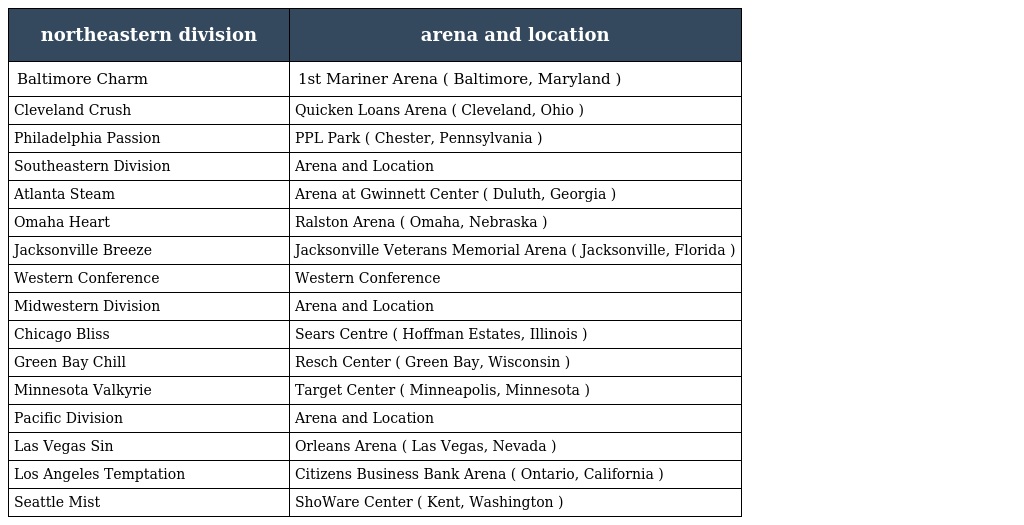
| northeastern division | arena and location |
 | --- | --- |
 | Baltimore Charm | 1st Mariner Arena ( Baltimore, Maryland ) |
 | Cleveland Crush | Quicken Loans Arena ( Cleveland, Ohio ) |
 | Philadelphia Passion | PPL Park ( Chester, Pennsylvania ) |
 | Southeastern Division | Arena and Location |
 | Atlanta Steam | Arena at Gwinnett Center ( Duluth, Georgia ) |
 | Omaha Heart | Ralston Arena ( Omaha, Nebraska ) |
 | Jacksonville Breeze | Jacksonville Veterans Memorial Arena ( Jacksonville, Florida ) |
 | Western Conference | Western Conference |
 | Midwestern Division | Arena and Location |
 | Chicago Bliss | Sears Centre ( Hoffman Estates, Illinois ) |
 | Green Bay Chill | Resch Center ( Green Bay, Wisconsin ) |
 | Minnesota Valkyrie | Target Center ( Minneapolis, Minnesota ) |
 | Pacific Division | Arena and Location |
 | Las Vegas Sin | Orleans Arena ( Las Vegas, Nevada ) |
 | Los Angeles Temptation | Citizens Business Bank Arena ( Ontario, California ) |
 | Seattle Mist | ShoWare Center ( Kent, Washington ) |